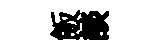
飯談